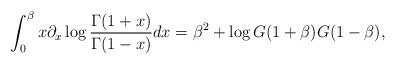
LaTeX: \begin{align*}\int_{0}^{\beta} x \partial_{x} \log \frac{\Gamma(1+x)}{\Gamma(1-x)}dx = \beta^{2} + \log G(1+\beta)G(1-\beta),\end{align*}